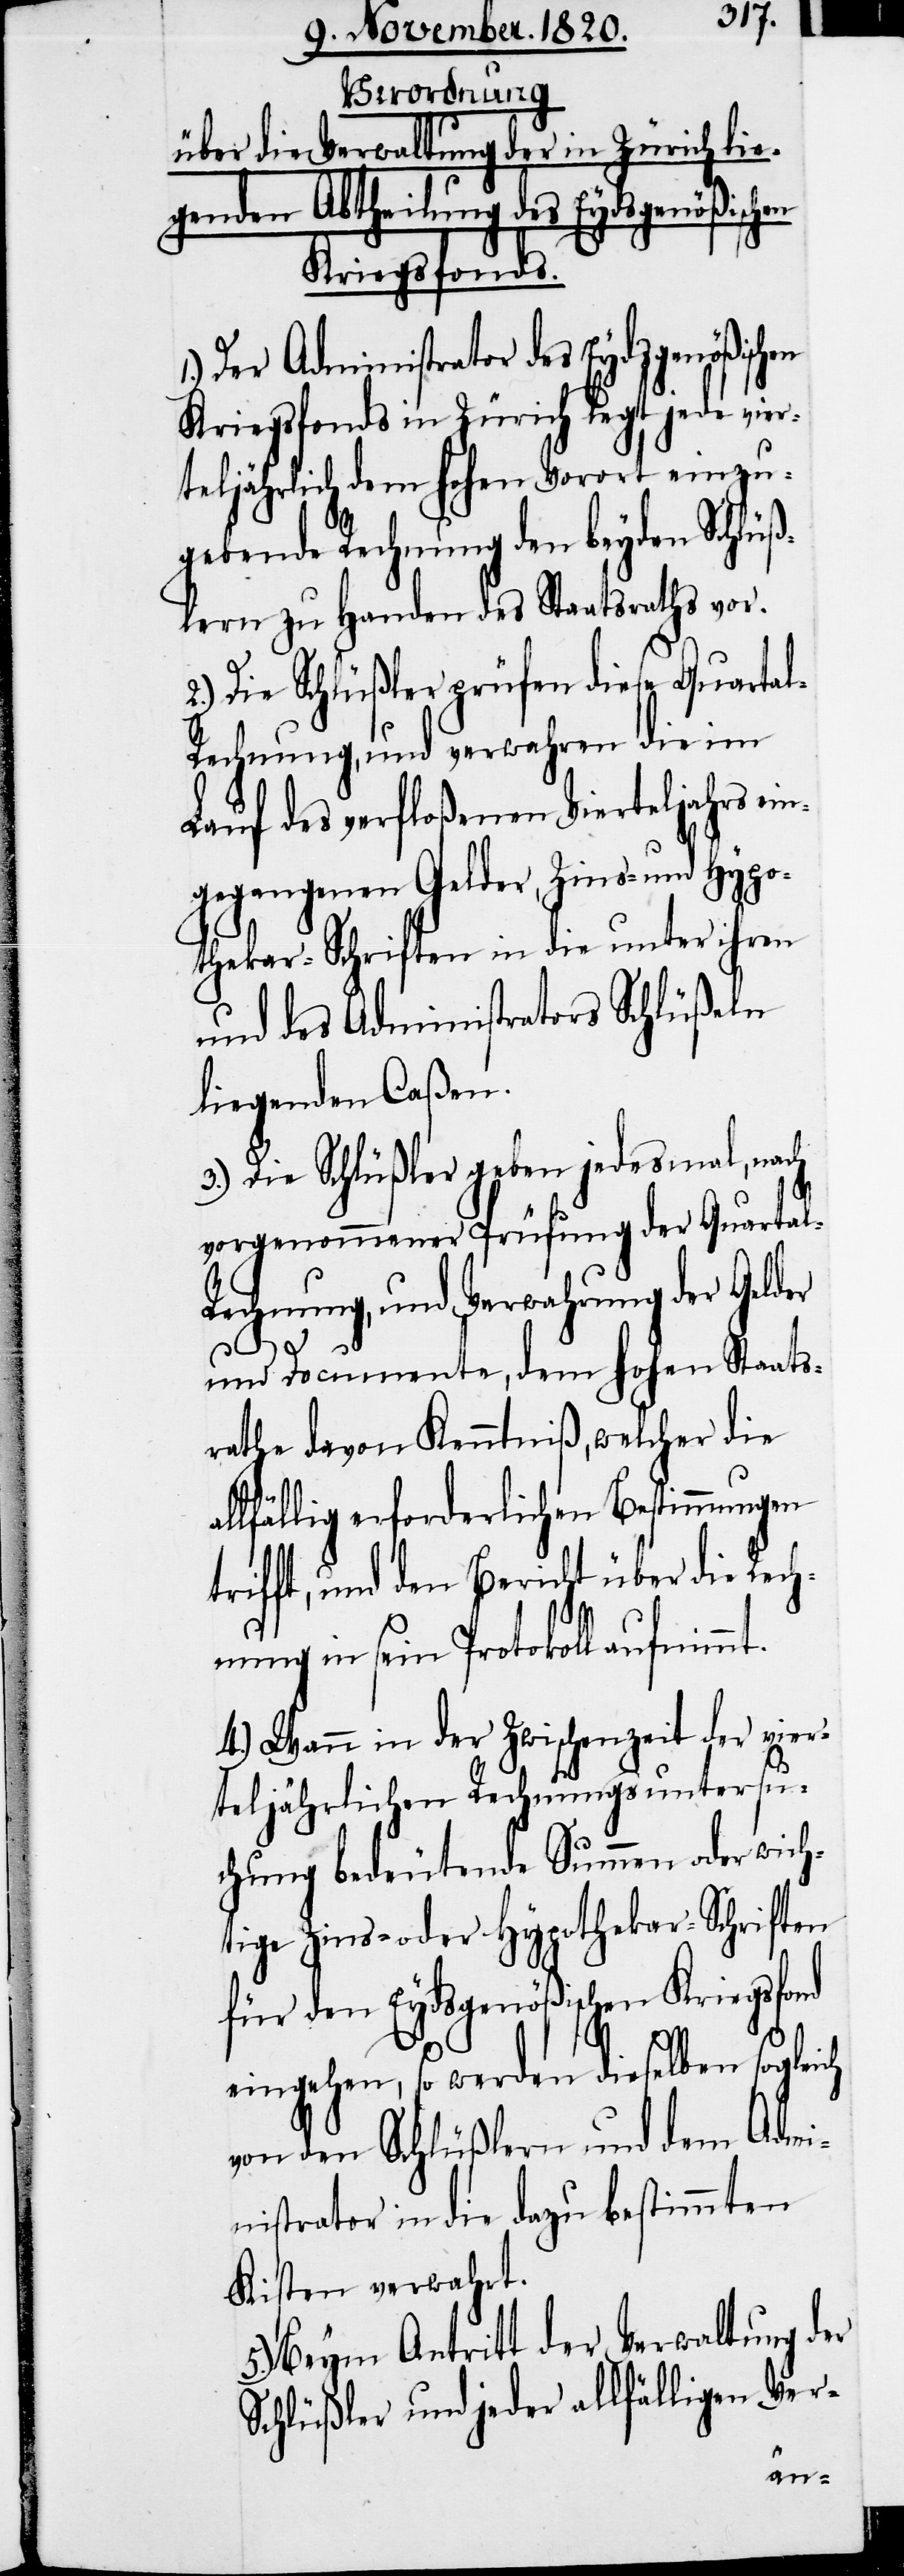
Verordnung
Verwaltung der in Zürich lie¬
über die
genden Abtheilung des Eydsgenößisc¬
Kriegsfonds.
Der Administrator des Eydsgenößisch¬
Kriegsfonds in Zürich legt jede vier¬
teljährlich dem hohen Vorort einzu¬
gebende Rechnung den beyden Schlüß¬
lern zu Handen des Staatsraths vor.
2.) Die Schlüßler prüfen diese Quarta¬
l-Rechnung, und verwahren die im
Lauf des verfloßenen Vierteljahrs ei¬
ngegangenen Gelder, Zins- und Hypo¬
thekar-Schriften in die unter ihren
und des Administrators Schlüßeln
liegenden Caßen.
3.) Die Schlüßler geben jedesmal, nach
vorgenommener Prüfung der Quartal-R¬
echnung, und Verwahrung der Gelder
mt.
und Documente, dem hohen Staats¬
rathe davon Kenntniß, welcher die
llfällig erforderlichen Bestimmungen
trifft, und den Bericht über die Rec¬
hnung in sein Protokoll aufnim¬
4.) Wann in der Zwischenzeit der vier¬
teljährlichen Rechnungsuntersu¬
chung bedeutende Summen oder wich¬
tige Zins- oder Hypothekar-Schriften
für den Eydsgenößischen Kriegsfond
eingehen, so werden dieselben sogleich
von den Schlüßlern und dem Admi¬
nistrator in die dazu bestimmten
Kisten verwahrt.
5.) Beym Antritt der Verwaltung der
Schlüßler und jeder allfälligen Ver-
a¬